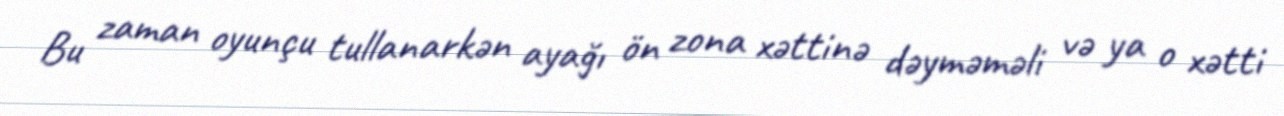
Bu zaman oyunçu tullanarkən ayağı ön zona xəttinə dəyməməli və ya o xətti